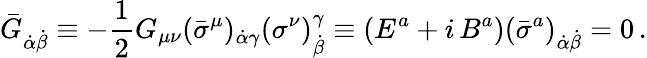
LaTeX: \bar{G}_{\dot{\alpha}\dot{\beta}}\equiv-\frac 12G_{\mu\nu}(\bar{\sigma}^{\mu})_{\dot{\alpha}\gamma}(\sigma^{\nu})_{\dot{\beta}}^{\gamma}\equiv({E}^{a}+i\, {B}^{a})({\bar{\sigma}}^{a})_{\dot{\alpha}\dot{\beta}}=0\, .